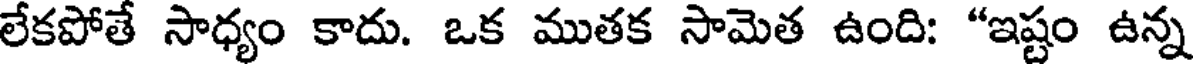
లేకపోతే సాధ్యం కాదు. ఒక ముతక సామెత ఉంది: "ఇష్టం ఉన్న